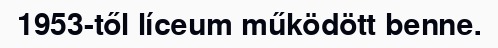
1953-től líceum működött benne.